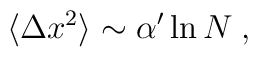
\langle \Delta x^2\rangle \sim \alpha^\prime\ln N \; ,